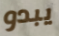
يبدو